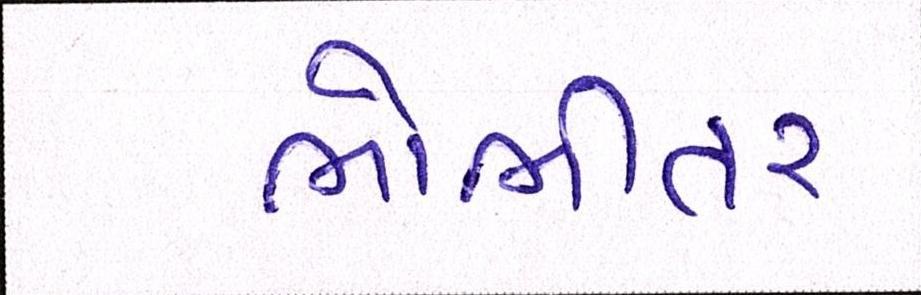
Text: ભોભીતર